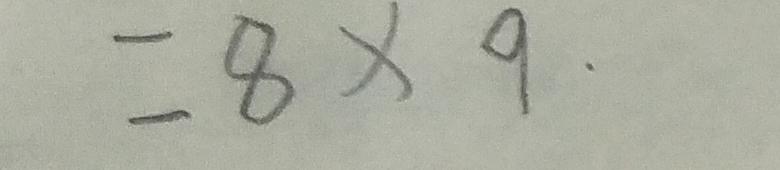
= 8 \times 9 .